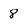
Character: 8